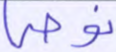
نوحي